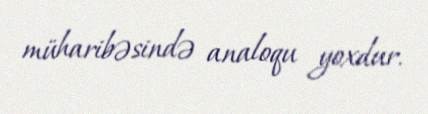
müharibəsində analoqu yoxdur.